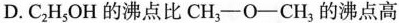
D.C_{2}H_{5}OH的沸点比CH_{3}-O-CH_{3}的沸点高